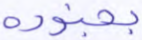
بجنوده